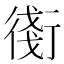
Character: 𧗸